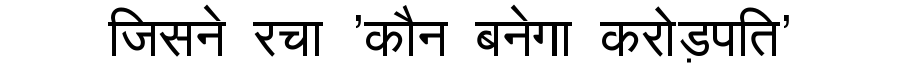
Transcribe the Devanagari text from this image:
जिसने रचा 'कौन बनेगा करोड़पति'